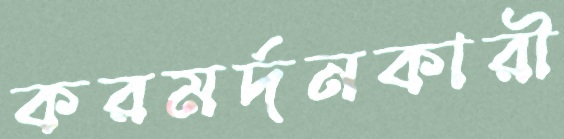
করমর্দনকারী